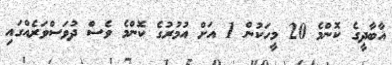
އާބާދީގެ ކޮންމެ 20 މީހަކުން 1 އަށް އުމުރުގެ ކޮންމެ ވެސް ދުވަސްވަރެއްގައި